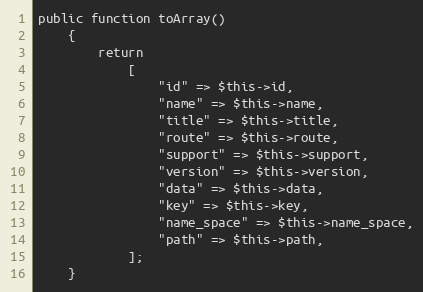
Language: PHP
public function toArray()
	{
		return
			[
				"id" => $this->id,
				"name" => $this->name,
				"title" => $this->title,
				"route" => $this->route,
				"support" => $this->support,
				"version" => $this->version,
				"data" => $this->data,
				"key" => $this->key,
				"name_space" => $this->name_space,
				"path" => $this->path,
			];
	}